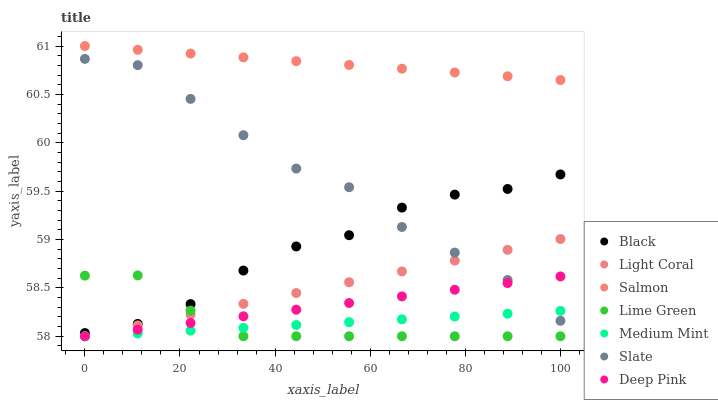
| xaxis_label | Black | Light Coral | Salmon | Lime Green | Medium Mint | Slate | Deep Pink |
 | --- | --- | --- | --- | --- | --- | --- | --- |
 | 0 | 58 | 58 | 61 | 58.6 | 58 | 60.9 | 58 |
 | 11.1 | 58.1 | 58.1 | 61 | 58.6 | 58 | 60.8 | 58.1 |
 | 22.2 | 58.3 | 58.2 | 60.9 | 58.3 | 58.1 | 60.5 | 58.1 |
 | 33.3 | 58.7 | 58.3 | 60.9 | 58 | 58.1 | 60.1 | 58.2 |
 | 44.4 | 58.9 | 58.4 | 60.8 | 58 | 58.1 | 59.7 | 58.3 |
 | 55.6 | 59 | 58.6 | 60.8 | 58 | 58.1 | 59.5 | 58.3 |
 | 66.7 | 59.3 | 58.7 | 60.8 | 58 | 58.2 | 59.1 | 58.4 |
 | 77.8 | 59.5 | 58.8 | 60.7 | 58 | 58.2 | 58.9 | 58.5 |
 | 88.9 | 59.5 | 58.9 | 60.7 | 58 | 58.2 | 58.6 | 58.5 |
 | 100 | 59.7 | 59 | 60.6 | 58 | 58.3 | 58.2 | 58.6 |